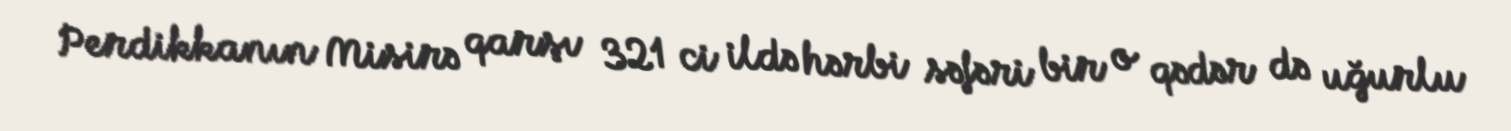
Perdikkanın Misirə qarşı 321 ci ildə hərbi səfəri bir o qədər də uğurlu